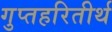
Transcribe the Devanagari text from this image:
गुप्तहरितीर्थ